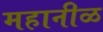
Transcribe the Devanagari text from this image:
महानीळ